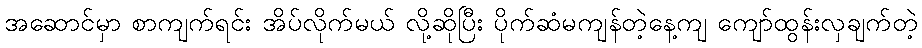
အဆောင်မှာ စာကျက်ရင်း အိပ်လိုက်မယ် လို့ဆိုပြီး ပိုက်ဆံမကျန်တဲ့နေ့ကျ ကျော်ထွန်းလှချက်တဲ့